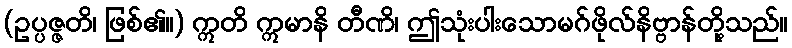
(ဥပ္ပဇ္ဇတိ၊ ဖြစ်၏။) ဣတိ ဣမာနိ တီဏိ၊ ဤသုံးပါးသောမဂ်ဖိုလ်နိဗ္ဗာန်တို့သည်။